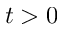
t > 0